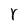
Character: Y